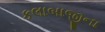
કલાબાજીના